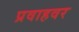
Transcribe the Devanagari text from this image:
प्रवाहवर